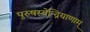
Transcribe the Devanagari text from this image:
पुरुषस्येन्द्रियाणाम्